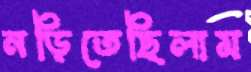
নড়িতেছিলাম